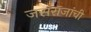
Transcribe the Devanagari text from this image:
जसराजांची